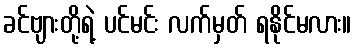
ခင်ဗျားတို့ရဲ့ ပင်မင်း လက်မှတ် ရနိုင်မလား။